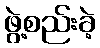
ဖွဲ့စည်းခဲ့